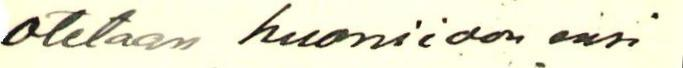
otetaan huomioon ensi